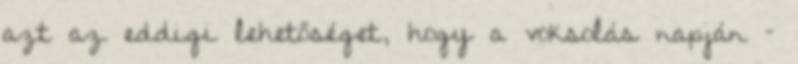
azt az eddigi lehetőséget, hogy a voksolás napján –